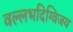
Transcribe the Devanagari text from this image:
वल्लभदिग्विजय